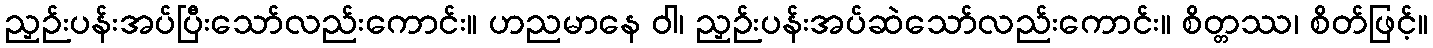
ညှဉ်းပန်းအပ်ပြီးသော်လည်းကောင်း။ ဟညမာနေ ဝါ၊ ညှဉ်းပန်းအပ်ဆဲသော်လည်းကောင်း။ စိတ္တဿ၊ စိတ်ဖြင့်။